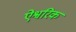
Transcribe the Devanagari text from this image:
ऐश्वरिक